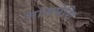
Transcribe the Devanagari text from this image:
मांसपेशि